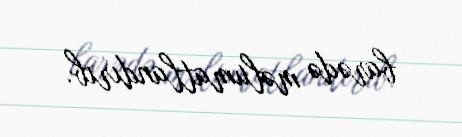
barədə məlumatlandırıb.